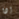
إذا